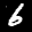
Label: 6